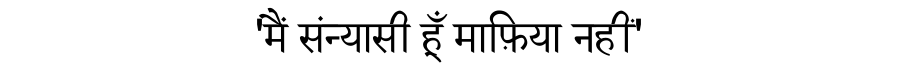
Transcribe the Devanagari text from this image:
'मैं संन्यासी हूँ माफ़िया नहीं'